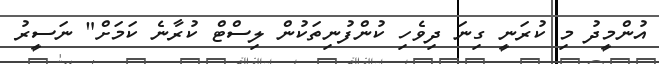
އުންމީދު މި ކުރަނީ ގިނަ ދިވެހި ކުންފުނިތަކުން ލިސްޓް ކުރާނެ ކަމަށް" ނަސީރު